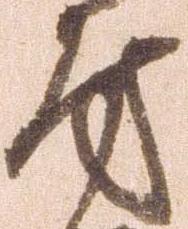
房